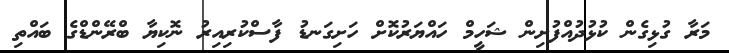
މަރާ ގުޅިގެން ކުޅުދުއްފުށިން ޝަހީމް ހައްޔަރުކޮށް ހަށިގަނޑު ފާސްކުރިއިރު ނޮކިޔާ ބްރޭންޑްގެ ބައްތި